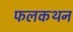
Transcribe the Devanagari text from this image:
फलकथन